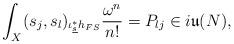
\begin{align*}\int_X(s_j,s_l)_{\iota_{\underline{s}}^*h_{FS}}\frac{\omega^n}{n!} = P_{lj} \in i\mathfrak{u}(N),\end{align*}